Sanitation, dispensaries and jails vaccination Rajputana 1922-1927 - 1922-1927
Year: 1922
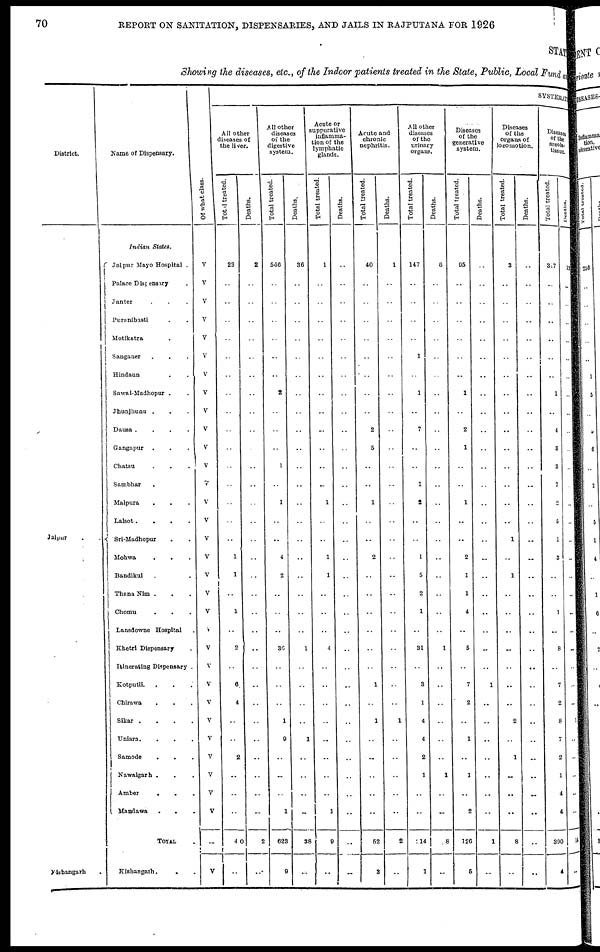
70
REPORT ON SANITATION, DISPENSARIES, AND JAILS IN RAJPUTANA FOR 1926
STATE
Showing the diseases, etc., of the Indoor patients treated in the State, Public, Local Fund and
District.
Jaipur
. .
Kishangarh
Name of Dispensary.
Indian
States.
Jaipur Mayo Hospital .
Palace Dispensary .
Janter . . .
Puranibasti . .
Motikatra . .
Sanganer . . .
Hindaun . .
Sawai-Madhopur . .
Jhunjhunu . . .
Dausa .
.
.
.
Gangapur . . .
Chatsu . . .
Sambhar . . .
Malpura
. . .
Lalsot.
.
.
.
Sri-Madhopur . .
Mohwa
.
. .
Bandikui . . .
Thana Nim . . .
Chomu . . .
Lansdowne Hospital .
Khetri Disponsary .
Itinerating Dispensary .
Kotputli. . . .
Chirawa . . .
Sikar .
.
.
.
Uniara.
.
. .
Samode
. . .
Nawalgarh . . .
Amber
. . .
Mandawa
.
. .
TOTAL
Kishangarh.
. .
Of what class.
V
V
V
V
V
V
V
V
V
V
V
V
V
V
V
V
V
V
V
V
V
V
V
V
V
V
V
V
V
V
V
..
V
SYSTEMATIC
All other
diseases of
the liver.
Total treated.
23
..
..
..
..
..
..
..
..
..
..
..
..
..
..
..
1
1
..
1
..
2
..
6
4
..
..
2
..
..
..
40
..
Deaths.
2
..
..
..
..
..
..
..
..
..
..
..
..
..
..
..
..
..
..
..
..
..
..
..
..
..
..
..
..
..
..
2
..
All other
diseases
of the
digestive
system.
Total treated
566
..
..
..
..
..
..
2
..
..
..
1
..
1
..
..
4
2
..
..
..
36
..
..
..
1
9
..
..
..
1
623
9
Deaths.
36
..
..
..
..
..
..
..
..
..
..
..
..
..
..
..
..
..
..
..
..
1
..
..
..
..
1
..
..
..
..
38
..
Acute or
suppurative
inflamma-
tion of the
lymphatic
glands.
Total treated.
1
..
..
..
..
..
..
..
..
..
..
..
..
1
..
..
1
1
..
..
..
4
..
..
..
..
..
..
..
..
1
9
..
Deaths.
..
..
..
..
..
..
..
..
..
..
..
..
..
..
..
..
..
..
..
..
..
..
..
..
..
..
..
..
..
..
..
..
..
Acute and
chronic
nephritis.
Total treated.
40
..
..
..
..
..
..
..
..
2
5
..
..
1
..
..
2
..
..
..
..
..
..
1
..
1
..
..
..
..
..
52
3
Deaths.
1
..
..
..
..
..
..
..
..
..
..
..
..
..
..
..
..
..
..
..
..
..
..
..
..
1
..
..
..
..
..
2
..
All other
diseases
of the
urinary
organs.
Total treated.
147
..
..
..
..
1
..
1
..
7
..
..
1
2
..
..
1
5
2
1
..
31
..
3
1
4
4
2
1
..
..
214
1
Deaths.
6
..
..
..
..
..
..
..
..
..
..
..
..
..
..
..
..
..
..
..
..
1
..
..
..
..
..
..
1
..
..
8
..
Diseases
of the
generative
system.
Total treated.
95
..
..
..
..
..
..
1
..
2
1
..
..
1
..
..
2
1
1
4
..
5
..
7
2
..
1
..
1
..
2
126
5
Deaths.
..
..
..
..
..
..
..
..
..
..
..
..
..
..
..
..
..
..
..
..
..
..
..
1
..
..
..
..
..
..
..
1
..
Diseases
of the
organs of
locomotion.
Total treated.
3
..
..
..
..
..
..
..
..
..
..
..
..
..
..
1
..
1
..
..
..
..
..
..
..
2
..
1
..
..
..
8
..
Deaths.
..
..
..
..
..
..
..
..
..
..
..
..
..
..
..
..
..
..
..
..
..
..
..
..
..
..
..
..
..
..
..
..
..
Diseases
of the
areolar
tissue.
Total treated.
317
..
..
..
..
..
..
1
..
4
8
3
7
2
5
1
3
..
..
1
..
8
..
7
2
8
7
2
1
4
4
390
4
Deaths.
13
..
..
..
..
..
..
..
..
..
..
..
..
..
..
..
..
..
..
..
..
..
..
..
..
1
..
..
..
..
..
14
..